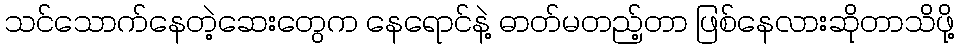
သင်သောက်နေတဲ့ဆေးတွေက နေရောင်နဲ့ ဓာတ်မတည့်တာ ဖြစ်နေလားဆိုတာသိဖို့